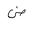
Letter: _dad